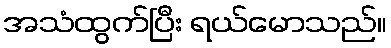
အသံထွက်ပြီး ရယ်မောသည်။